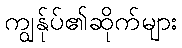
ကျွန်ုပ်၏ဆိုက်များ